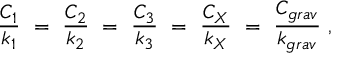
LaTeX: { \frac { C _ { 1 } } { k _ { 1 } } } ~ = ~ { \frac { C _ { 2 } } { k _ { 2 } } } ~ = ~ { \frac { C _ { 3 } } { k _ { 3 } } } ~ = ~ { \frac { C _ { X } } { k _ { X } } } ~ = ~ { \frac { C _ { g r a v } } { k _ { g r a v } } } ~ ,